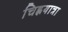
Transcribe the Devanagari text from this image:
चिह्लयात्रा